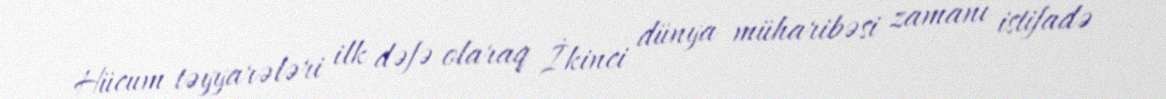
Hücum təyyarələri ilk dəfə olaraq İkinci dünya müharibəsi zamanı istifadə